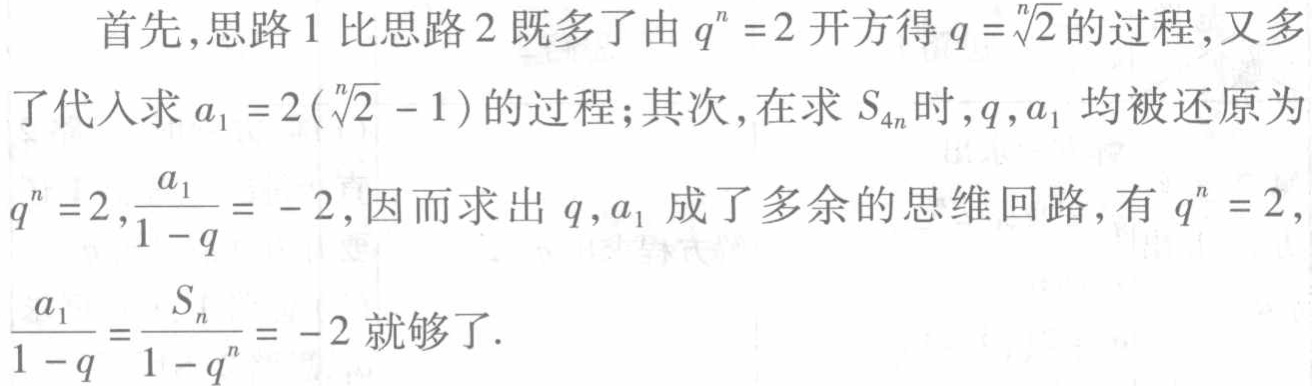
首先,思路 1 比思路 2 既多了由 \(q^{n}=2\) 开方得 \(q = \sqrt[n]{2}\) 的过程,又多了代入求 \(a_{1}=2(\sqrt[n]{2}-1)\) 的过程;其次,在求 \(S_{4n}\) 时,\(q,a_{1}\) 均被还原为 \(q^{n}=2,\frac{a_{1}}{1 - q}=-2\),因而求出 \(q,a_{1}\) 成了多余的思维回路,有 \(q^{n}=2,\frac{a_{1}}{1 - q}=\frac{S_{n}}{1 - q^{n}}=-2\) 就够了.